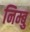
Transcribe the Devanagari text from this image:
निम्बु